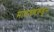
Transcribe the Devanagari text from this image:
मालवणकडून